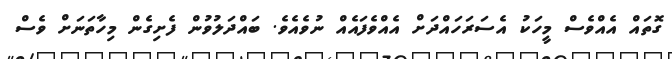
ގޮތައް އެއްވެސް މީހަކު އެސަރަހައްދަށް އެއްވެފައެއް ނުވެއެވެ. ބައްދަލުވުން ފެށިގެން މިހާތަނަށް ވެސް